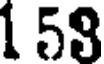
1 58